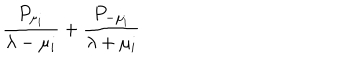
{ { \frac { P _ { \mu _ { i } } } { \lambda - \mu _ { i } } } + { \frac { P _ { - \mu _ { i } } } { \lambda + \mu _ { i } } } }